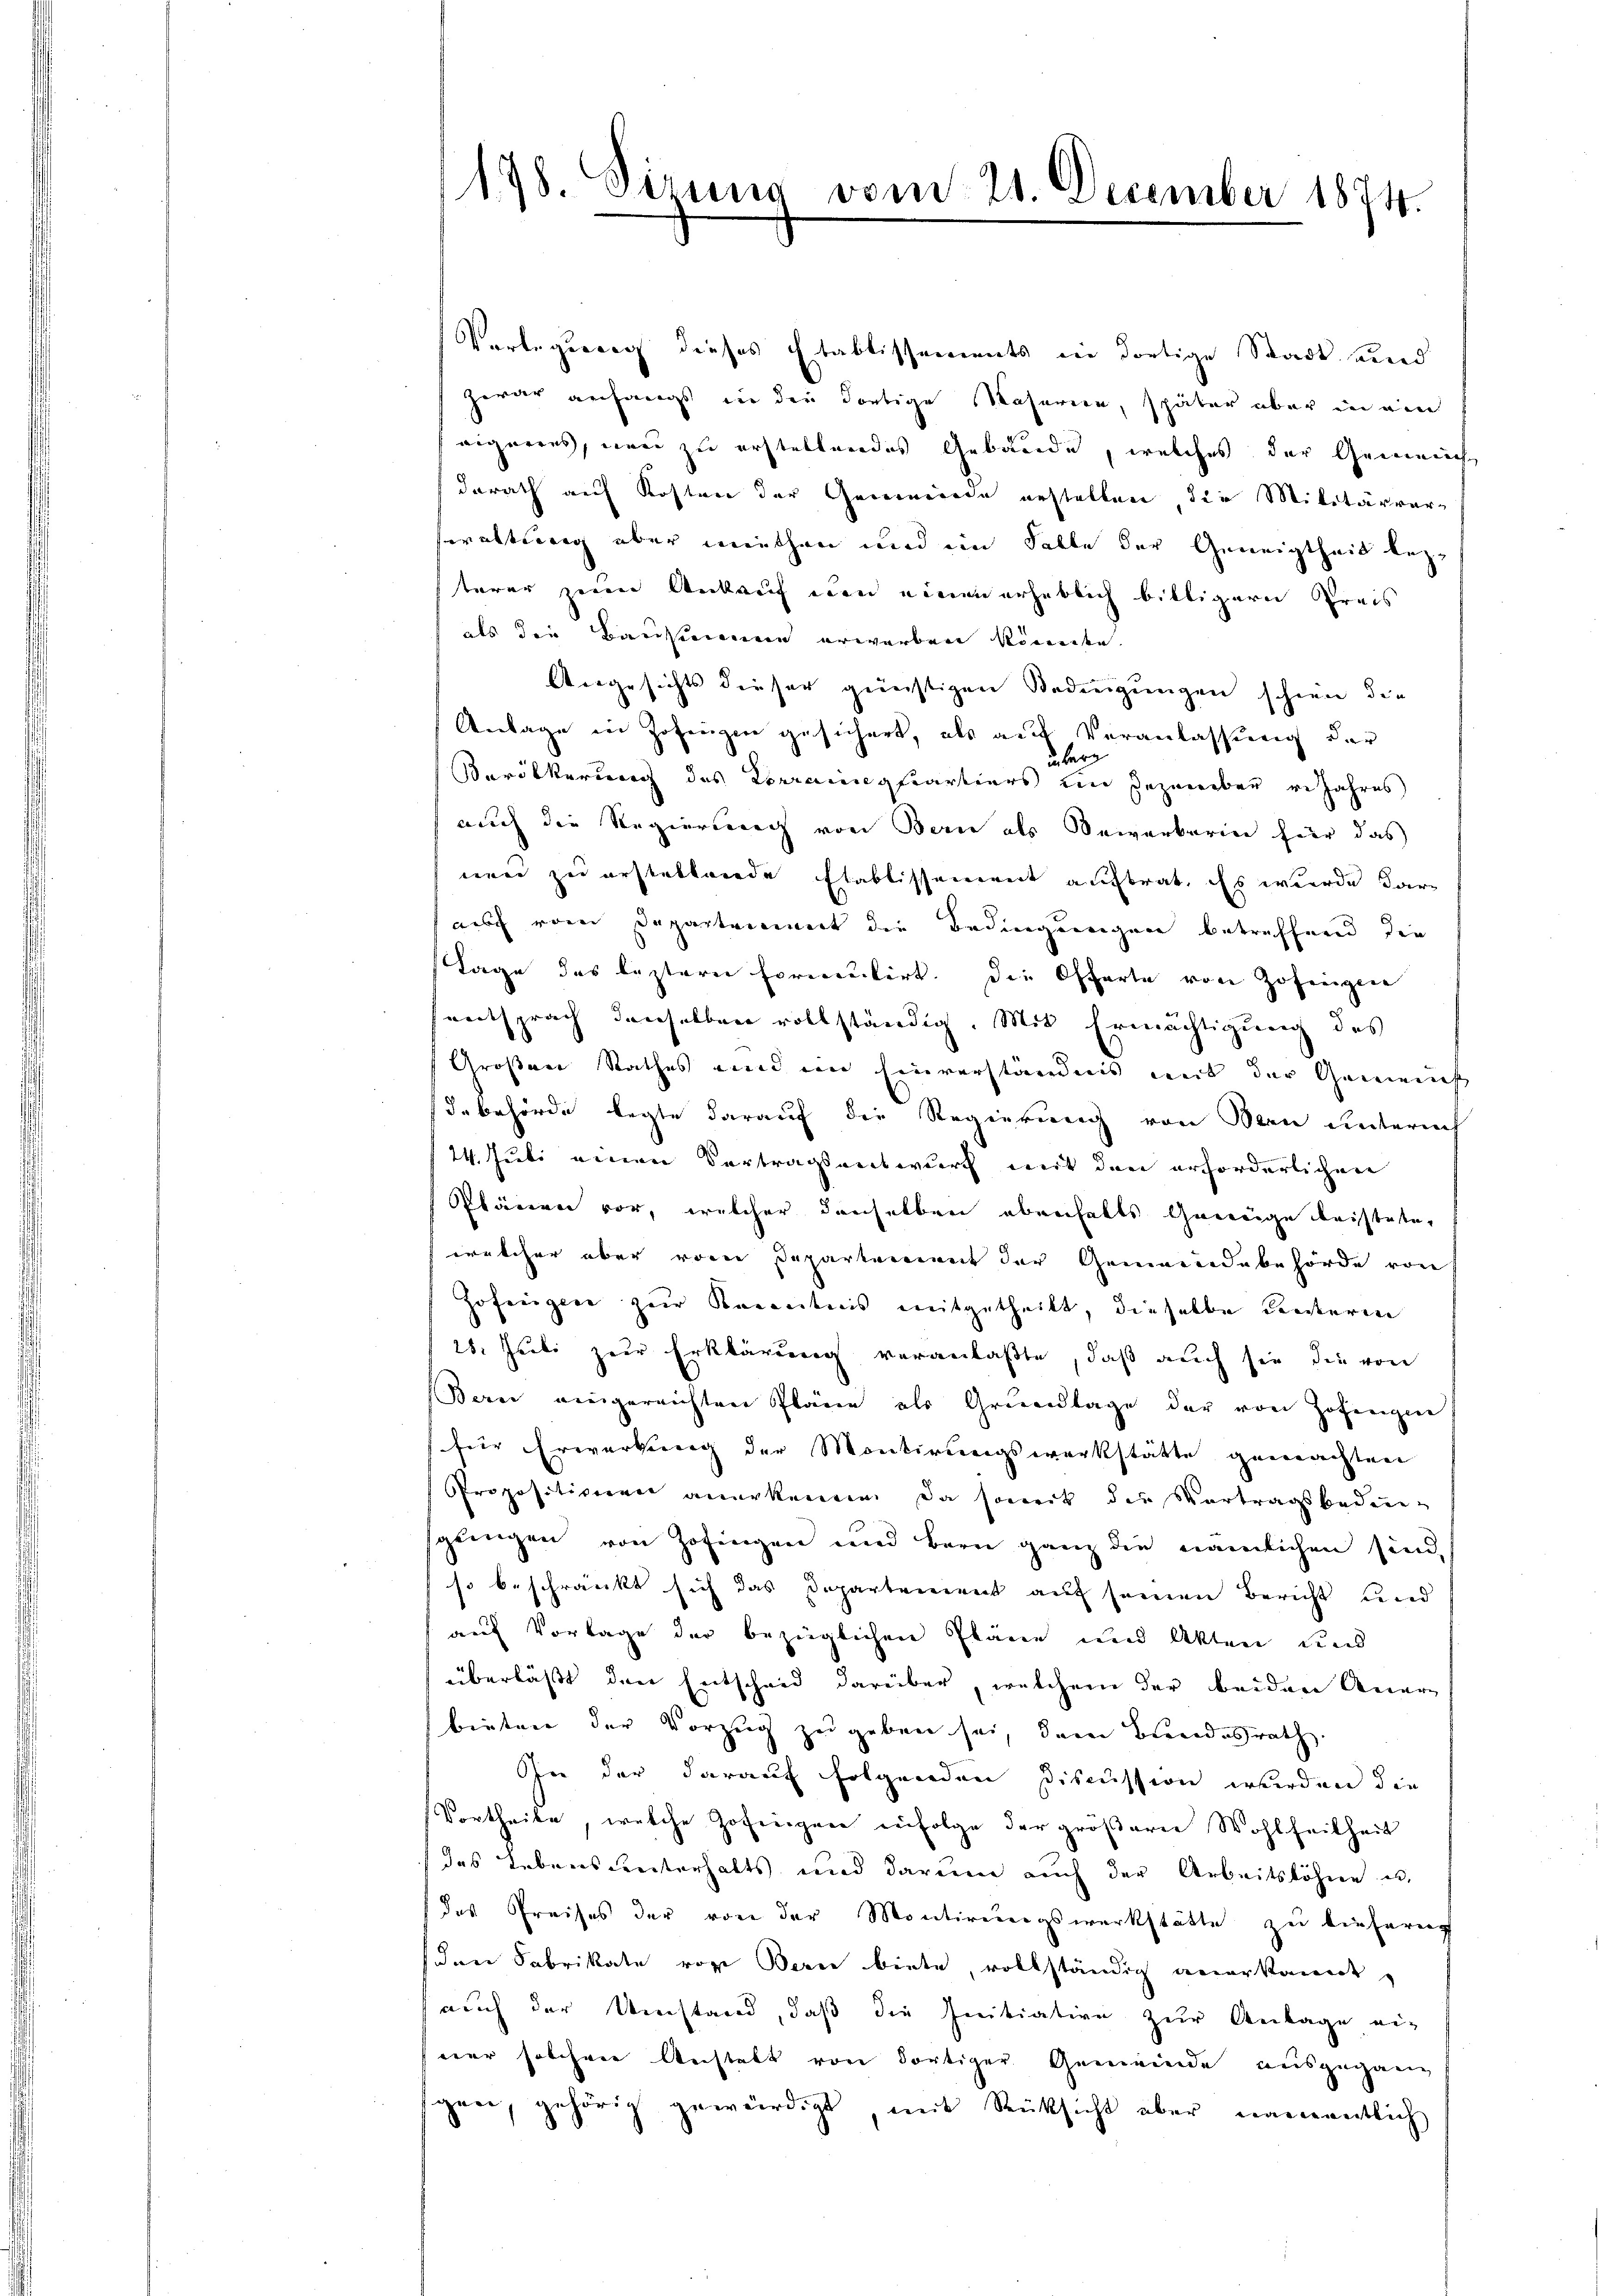
178. Sizung

vom 21. December 1874.

Vorlegung dieses Etablissements in dortige Stadt und
zwar anfangs in der dortige Kaserien, später aber in ein
eigneres, neu zu erstellendes Gebäude, welches der Gemeinhe
darath auf Kosten der Gemeinde erstellen die Militärverwaltung aber miethen und im Falle der Geneigtheit lezterer zum Ankauf den einen erheblich billigern Preis
als die Bausamme erwerben könnte.
Angesichts dieser günstigen Bedingungen schien die
Anlage in Zofingen gesichert, als aus Veranlassung der
ünberg
Bevölkerung des Korrainquartiers im Dezember v. Jahres
auch die Regierung von Berne als Seiarbarien für das
ieer zu erstellende Etablissement auftrat. Es wurde darauf vom Departement die Bedingungen betreffend die
Tage des leztere Formulirt. Die Offerte von Zofingen
entsprach denselben vollständig. Mit Ermächtigung des
Großen Rathes und in Einverständnis mit der Gemeins
debehörde legte darauf die Regierung von Bern unterneh
14. Juli einen Vertragsentwurf mit den erforderlichen
Plänen vor, welcher denselben überhalts geweige meisteten
welcher aber von Departement der Gemeindebehörde von
Hofingen zur Kenntnis mitgetheilt, dieselbe unteren
28. Juli zur Erklärung veranlaßte, daß auch sie die von
Baren eingereichten Pläne als Grundlage der von Zofingene
für Erwerbung der Montirungswerkstätte gemachten
Propositiven anerkennen. Da soweit die Vortragsbedeu-
gängen von Zofingen und Bern ganz die nämlichen sind,
so beschränkt sich das Departement auf seinen Bericht und
auf Vorlage der bezüglichen Pläne und Akten und
überläßt den Entscheid darüber, welchem der beiden Anerbieten der Vorzug zugeben sei, dem Bundesrath
In der darauf folgenden Discussion wurden die
Vortheile, welche Zofingen infolge der größere Wohlfeilheit
das Lebensunterhalts und darum auch der Arbeitslöhne u.
das Preises der von der Montirungswerkstätte zu liefern
den Fabrikate von Bern biete, vollständig anerkannt,
auch der Umstand, daß die Initiative zur Antage ei-
ner solchen Anstalt von dortiger Gemeinde ausgegang
gen, gehörig gewürdigt, mit Rücksicht aber namentlich